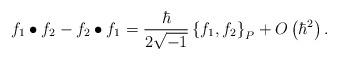
LaTeX: \begin{align*}f_1\bullet f_2-f_2\bullet f_1=\frac{\hbar}{2\sqrt{-1}}\left\{f_1,f_2\right\}_P+O\left(\hbar^2\right).\end{align*}